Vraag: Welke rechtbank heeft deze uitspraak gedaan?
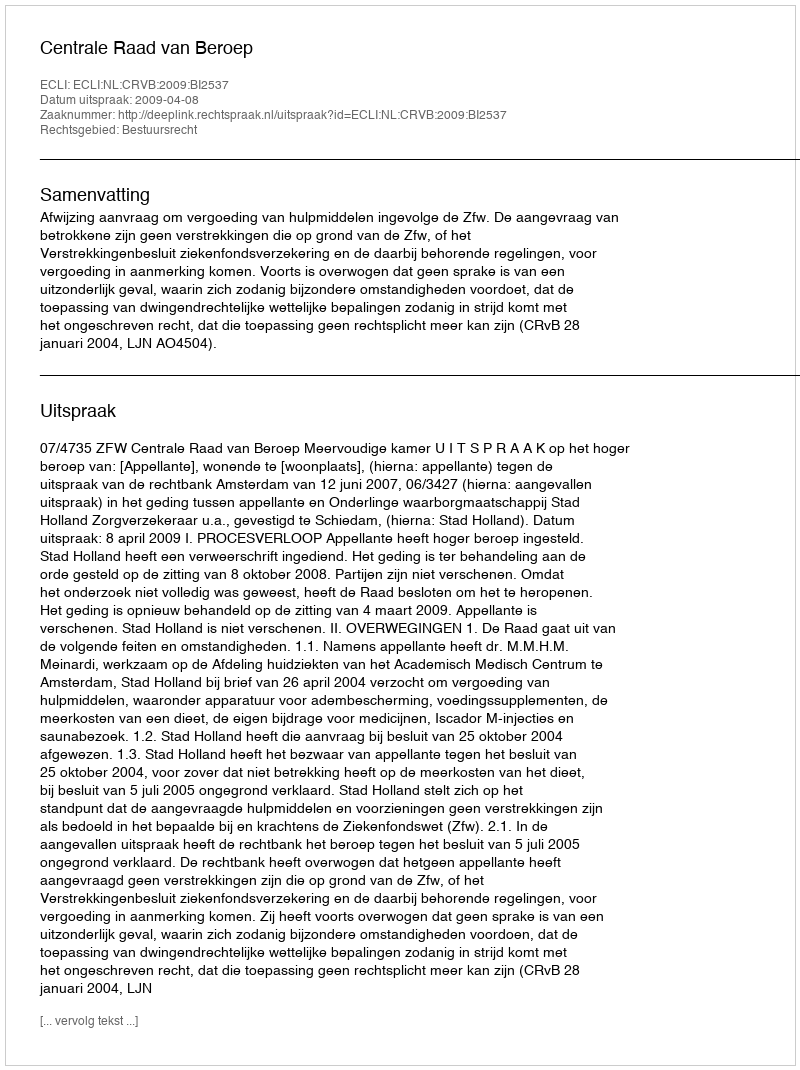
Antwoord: Centrale Raad van Beroep